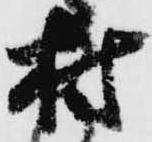
村